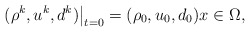
\begin{align*}\left.(\rho^k, u^k, d^k)\right|_{t=0}=(\rho_0, u_0, d_0) x\in \Omega,\end{align*}